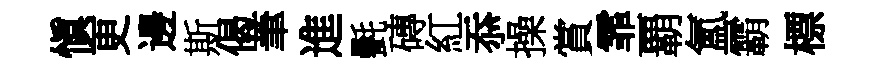
愼更邊斯偈茟進㲲磚紅忝操賞霏覇氳霸標